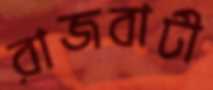
রাজবাটী